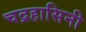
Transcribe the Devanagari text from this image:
चद्रहासिनी